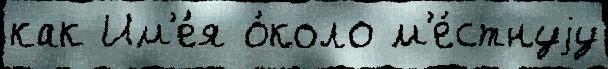
как Им'е́я о́коло м'е́стнуjу